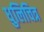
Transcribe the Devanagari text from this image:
धुलिचित्र